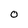
Character: O